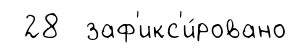
28 заф'икс'и́ровано